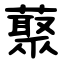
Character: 藂